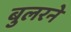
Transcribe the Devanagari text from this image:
बुलरने